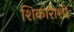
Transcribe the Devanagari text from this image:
शिकारीशी